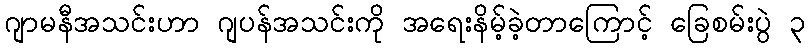
ဂျာမနီအသင်းဟာ ဂျပန်အသင်းကို အရေးနိမ့်ခဲ့တာကြောင့် ခြေစမ်းပွဲ ၃